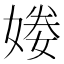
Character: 𡟒